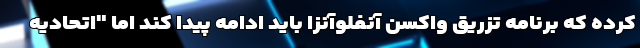
کرده که برنامه تزریق واکسن آنفلوآنزا باید ادامه پیدا کند اما "اتحادیه